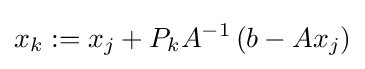
x_{k}:=x_{j}+P_{k}A^{-1}\left(b-Ax_{j}\right)